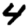
Digit: 4